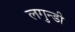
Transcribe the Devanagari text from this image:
लगुन्डी